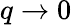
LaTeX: q\to 0